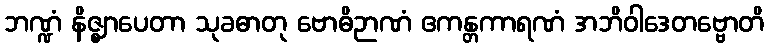
ဘဏ္ဍံ နိဇ္ဈာပေတာ သုခဓာတု ဗောဓိဉာဏံ ဧကန္တကာရဏံ အဘိဝါဒေတဗ္ဗောတိ